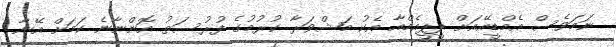
ނަމަވެސް އެމްޑީއޭއަށް ޕީޕީއެމްއާ އެކު މަޝްވަރާ ކުރުމުގެ ފުރުސަތު އޮންނާނެ ކަމަށް އޭނާ